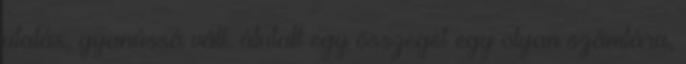
utalás, gyanússá vált. átutalt egy összeget egy olyan számlára,